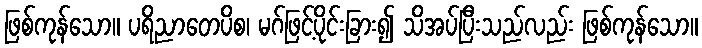
ဖြစ်ကုန်သော။ ပရိညာတေပိစ၊ မဂ်ဖြင့်ပိုင်းခြား၍ သိအပ်ပြီးသည်လည်း ဖြစ်ကုန်သော။